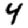
Digit: 4